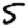
Digit: 5